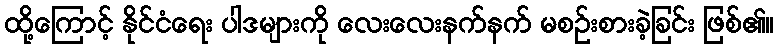
ထို့ကြောင့် နိုင်ငံရေး ပါဒများကို လေးလေးနက်နက် မစဉ်းစားခဲ့ခြင်း ဖြစ်၏။